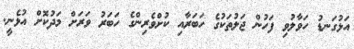
އަޅުގަނޑު ހަވާލުވި ފަހުން ޖަލުތަކުގެ ހަބަރާއި ކުށްވެރިންގެ ހަބަރު ވަރަށް މަދުކޮށް އުޅެނީ.